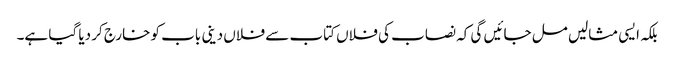
بلکہ ایسی مثالیں مل جائیں گی کہ نصاب کی فلاں کتاب سے فلاں دینی باب کو خارج کر دیا گیا ہے۔